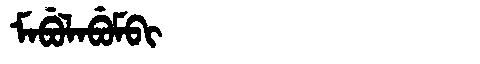
Manchu: ᠮᠠᠪᡠᠯᠠᠪᡠᠮᠪᡳ
Romanization: MABULABUMBI